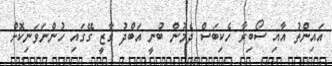
އައިންތު އާއި ސޯބިރާ ހެކިބަސް ދެމުން ބުނީ އަބްދު ގާޒީ ގޭގައި ހުންނަވަނިކޮށް